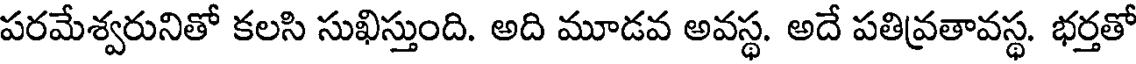
పరమేశ్వరునితో కలసి సుఖిస్తుంది. అది మూడవ అవస్థ. అదే పతివ్రతావస్థ. భర్తతో